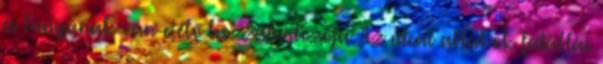
és lányának van-e élő hozzátartozója. Az utcai ablakok fatáblái